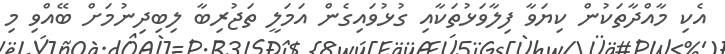
އެކި މާއްދާތަކުން ކިޔަވާ ފިލާވަޅުތަކާއި ގުޅުވައިގެން އަމަލީ ތަޖުރިބާ ލިބިދިނުމަށް ބޭއްވި މި